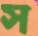
স